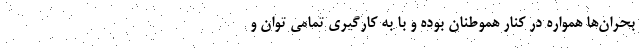
بحران‌ها همواره در كنار هموطنان بوده و با به كارگيری تمامی توان و